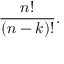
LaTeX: { \frac { n ! } { ( n - k ) ! } } .